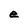
Character: e